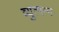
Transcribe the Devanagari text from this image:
व्युत्पन्‍न